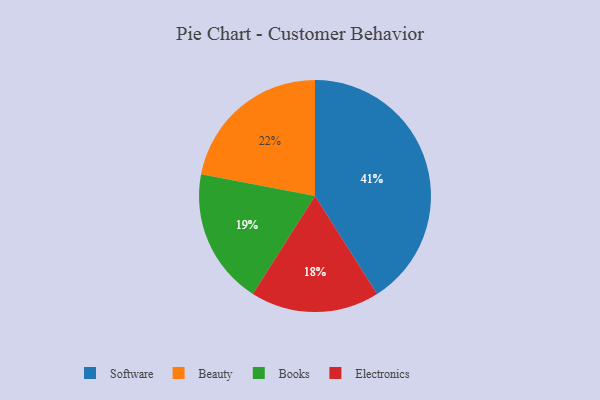
{"axis": {"x": "Category", "y": "Percentage"}, "legend": ["Beauty", "Books", "Electronics", "Software"], "data": [{"x": "Electronics", "y": 18, "type": "Electronics"}, {"x": "Beauty", "y": 22, "type": "Beauty"}, {"x": "Software", "y": 41, "type": "Software"}, {"x": "Books", "y": 19, "type": "Books"}]}